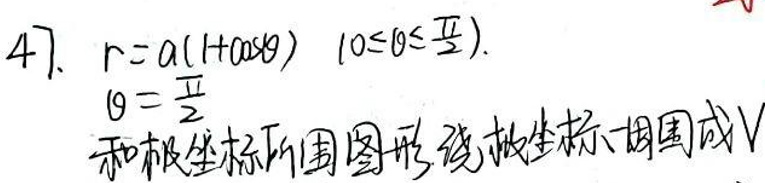
$47.\ r = a(1 + \cos\theta)\ (0\leq\theta\leq\frac{\pi}{2}).\\
\theta = \frac{\pi}{2}$

和极坐标所围图形绕极轴旋转成\(V\)